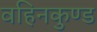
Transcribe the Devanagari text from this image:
वहिनकुण्ड